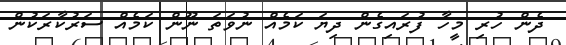
ދެން ހުރި މީހާ ފުރައިގެން ދިޔަ ކަމެއް ނުވަތަ ނޫން ކަމެއް ސަރުކާރަކުން